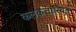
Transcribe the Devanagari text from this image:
कलकत्तास्थित